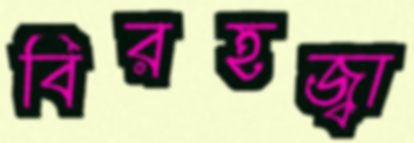
বিরহজ্বা